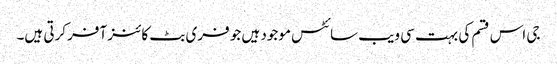
جی اس قسم کی بہت سی ویب سائٹس موجود ہیں جو فری بٹ کائنز آفر کرتی ہیں۔